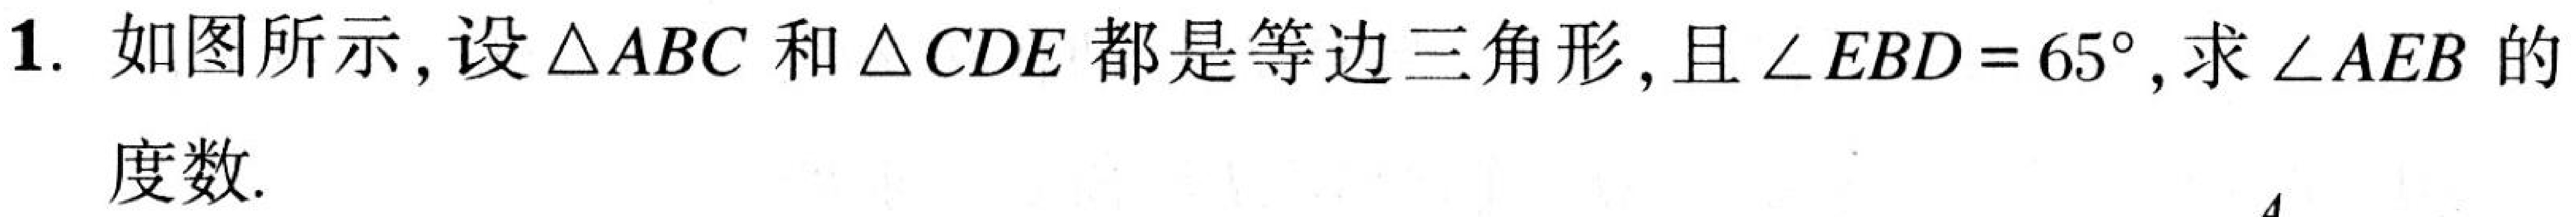
1. 如图所示，设$\triangle ABC$和$\triangle CDE$都是等边三角形，且$\angle EBD = 65^{\circ}$，求$\angle AEB$的度数.